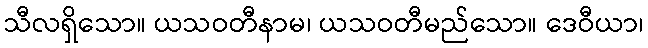
သီလရှိသော။ ယသဝတီနာမ၊ ယသဝတီမည်သော။ ဒေဝီယာ၊